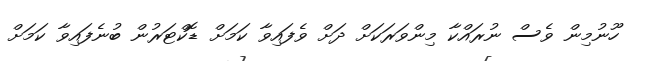
ހޫނުމިން ވެސް ނުރައްކާ މިންވަރަކަށް ދަށް ވެފައިވާ ކަމަށް ޑޮކްޓަރުން ބުނެފައިވާ ކަމަށް